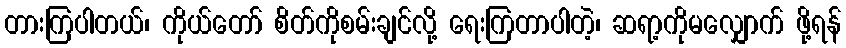
တားကြပါတယ်၊ ကိုယ်တော် စိတ်ကိုစမ်းချင်လို့ ရေးကြတာပါတဲ့၊ ဆရာ့ကိုမလျှောက် ဖို့ရန်